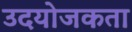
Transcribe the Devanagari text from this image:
उदयोजकता